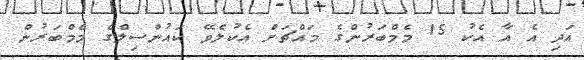
އަދި އެ އާ އެކު 15 މެމްބަރުންގެ މައްޗަށް އެކުލެވޭ ކައުންސިލްގެ މެމްބަރުން